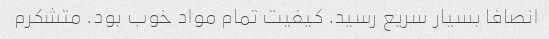
انصافا بسیار سریع رسید. کیفیت تمام مواد خوب بود. متشکرم